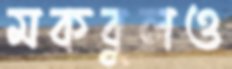
মকবুলও